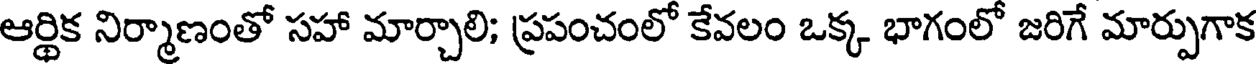
ఆర్థిక నిర్మాణంతో సహా మార్చాలి; ప్రపంచంలో కేవలం ఒక్క భాగంలో జరిగే మార్పుగాక